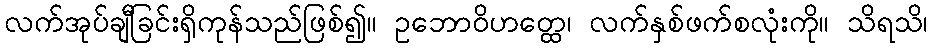
လက်အုပ်ချီခြင်းရှိကုန်သည်ဖြစ်၍။ ဥဘောဝိဟတ္ထေ၊ လက်နှစ်ဖက်စလုံးကို။ သိရသိ၊